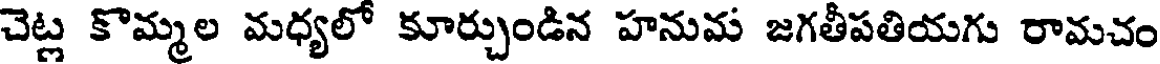
చెట్ల కొమ్మల మధ్యలో కూర్చుండిన హనుమ జగతీపతియగు రామచం